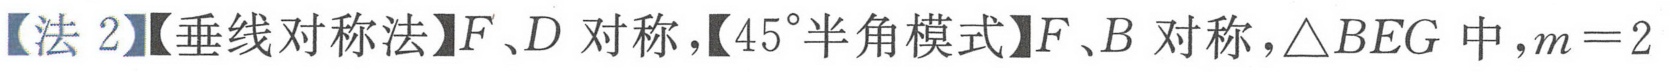
【法 2】【垂线对称法】\(F、D\)对称，【\(45^{\circ}\)半角模式】\(F、B\)对称，\(\triangle BEG\)中，\(m = 2\)